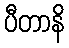
ပီတာနိ